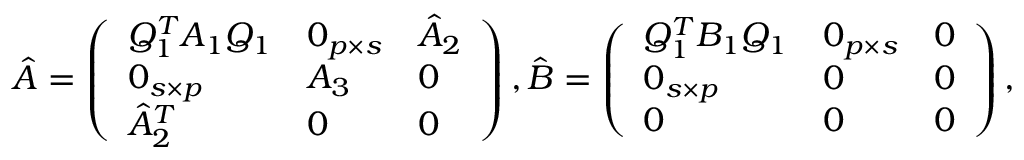
\begin{array} { r } { \hat { A } = \left( \begin{array} { l l l } { Q _ { 1 } ^ { T } A _ { 1 } Q _ { 1 } } & { 0 _ { p \times s } } & { \hat { A } _ { 2 } } \\ { 0 _ { s \times p } } & { A _ { 3 } } & { 0 } \\ { \hat { A } _ { 2 } ^ { T } } & { 0 } & { 0 } \end{array} \right) , \hat { B } = \left( \begin{array} { l l l } { Q _ { 1 } ^ { T } B _ { 1 } Q _ { 1 } } & { 0 _ { p \times s } } & { 0 } \\ { 0 _ { s \times p } } & { 0 } & { 0 } \\ { 0 } & { 0 } & { 0 } \end{array} \right) , } \end{array}